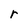
Character: r